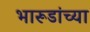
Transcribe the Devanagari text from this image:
भारूडांच्या